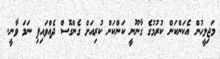
މަޖިލީހުން އެކަންކަން ކުރުމުގެ ގާނޫނީ ކަންކަން ކުރިއަށް ގެންގޮސް ދެއްވައިފި ނަމަ ވާނީ.